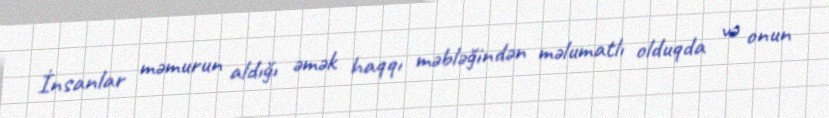
İnsanlar məmurun aldığı əmək haqqı məbləğindən məlumatlı olduqda və onun